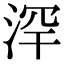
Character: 浫